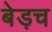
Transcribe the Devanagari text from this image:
बेड़च